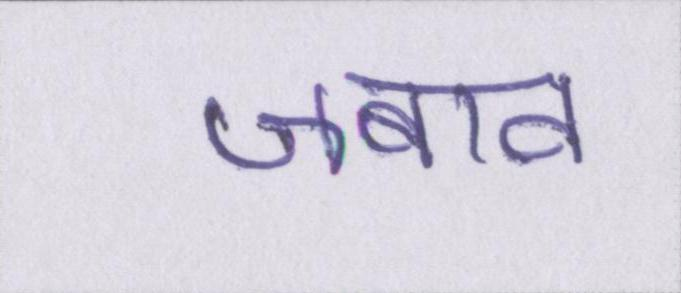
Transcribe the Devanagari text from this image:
जबाव